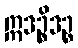
ဣဒဉ္စိဒဉ္စ